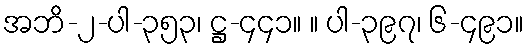
အဘိ-၂-ပါ-၃၅၃၊ ဋ္ဌ-၄၄၁။ ။ ပါ-၃၉၇၊ ၆-၄၉၁။